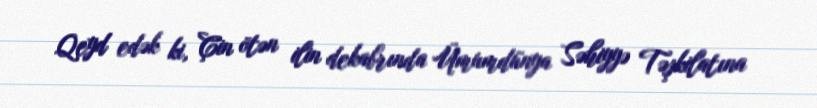
Qeyd edək ki, Çin ötən ilin dekabrında Ümumdünya Səhiyyə Təşkilatına